Indian journal of veterinary science and animal husbandry - Volumes 24-25, 1954-1955
Year: 1954
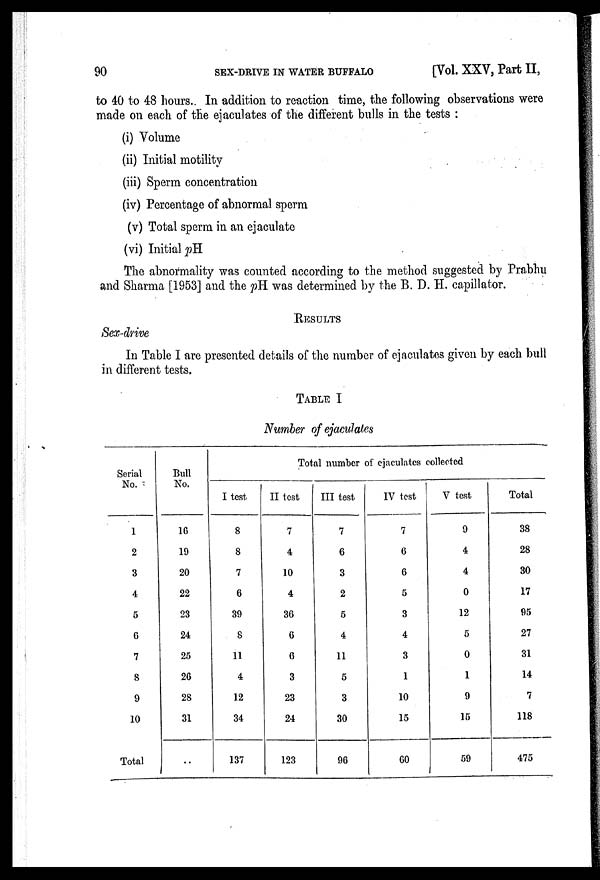
90
SEX-DRIVE IN WATER BUFFALO
[Vol. XXV, Part II,
to 40 to 48 hours. In addition to reaction time, the following observations were
made on each of the ejaculates of the different bulls in the tests :
(i) Volume
(ii) Initial motility
(iii) Sperm concentration
(iv) Percentage of abnormal sperm
(v) Total sperm in an ejaculate
(vi) Initial pH
The abnormality was counted according to the method suggested by Prabhu
and Sharma [1953] and the pH was determined by the B. D. H. capillator.
RESULTS
Sex-drive
In Table I are presented details of the number of ejaculates given by each bull
in different tests.
TABLE I
Number of ejaculates
Serial
No.
1
2
3
4
5
6
7
8
9
10
Total
Bull
No.
16
19
20
22
23
24
25
26
28
31
..
I test
8
8
7
6
39
8
11
4
12
34
137
Total number of ejaculates collected
II test
7
4
10
4
36
6
6
3
23
24
123
III test
7
6
3
2
5
4
11
5
3
30
96
IV test
7
6
6
5
3
4
3
1
10
15
60
V test
9
4
4
0
12
5
0
1
9
15
59
Total
38
28
30
17
95
27
31
14
7
118
475